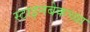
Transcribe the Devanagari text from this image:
स्टाइनबेकच्या